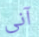
آنى